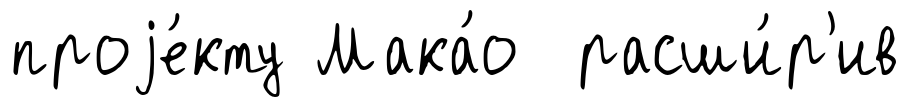
проjе́кту Мака́о расши́р'ив